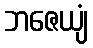
ဘဇေယျံ